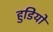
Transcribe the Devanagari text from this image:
हुडियों